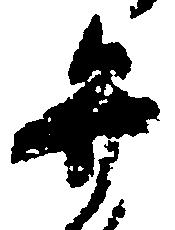
弁